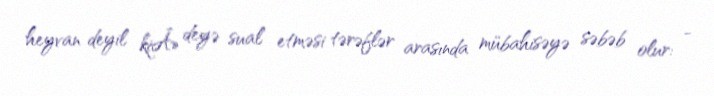
heyvan deyil kiÂ» deyə sual etməsi tərəflər arasında mübahisəyə səbəb olur: -